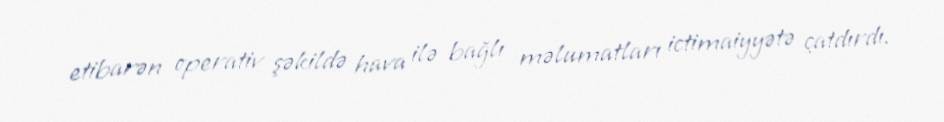
etibarən operativ şəkildə hava ilə bağlı məlumatları ictimaiyyətə çatdırdı.